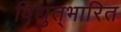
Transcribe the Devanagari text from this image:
विद्युत्‌भारित